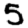
Digit: 5